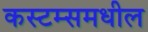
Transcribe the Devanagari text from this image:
कस्टम्समधील